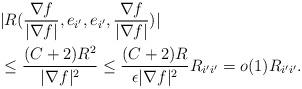
LaTeX: \begin{align*}&|R(\frac{\nabla f}{|\nabla f|},e_{i'},e_{i'},\frac{\nabla f}{|\nabla f|})|\\&\le\frac{(C+2)R^{2}}{|\nabla f|^2}\le\frac{(C+2)R}{\epsilon|\nabla f|^2}R_{i'i'}=o(1)R_{i'i'}.\end{align*}